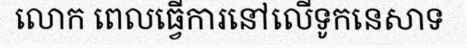
លោក ពេលធ្វើការនៅលើទូកនេសាទ